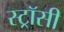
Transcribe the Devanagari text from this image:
स्ट्रॉसी